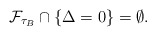
\begin{align*}\mathcal{F}_{\tau_{B}} \cap \{ \Delta = 0 \} = \emptyset.\end{align*}